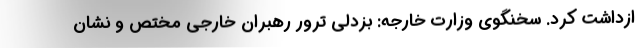
ازداشت کرد. سخنگوی وزارت خارجه: بزدلی ترور رهبران خارجی مختص و نشان